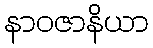
နာဝဇာနိယာ